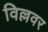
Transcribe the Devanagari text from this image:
विल्लवर